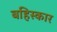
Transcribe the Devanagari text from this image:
बहिस्कार